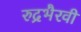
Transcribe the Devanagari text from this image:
रुद्रभैरवी